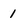
Character: 1